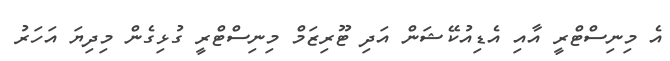
އެ މިނިސްޓްރީ އާއި އެޑިއުކޭޝަން އަދި ޓޫރިޒަމް މިނިސްޓްރީ ގުޅިގެން މިދިޔަ އަހަރު